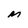
Character: M